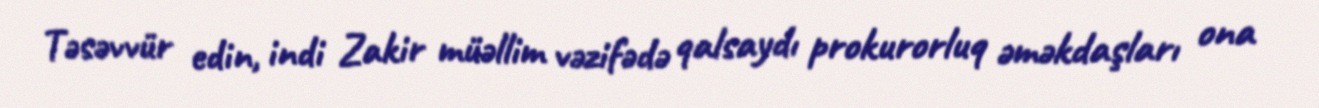
Təsəvvür edin, indi Zakir müəllim vəzifədə qalsaydı prokurorluq əməkdaşları ona